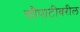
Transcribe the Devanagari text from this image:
चौपाटीवरील